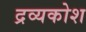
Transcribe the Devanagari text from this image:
द्रव्यकोश